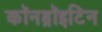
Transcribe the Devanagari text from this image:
कॉनड्रॉइटिन